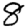
Digit: 8